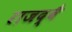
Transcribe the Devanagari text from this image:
राजद्वै